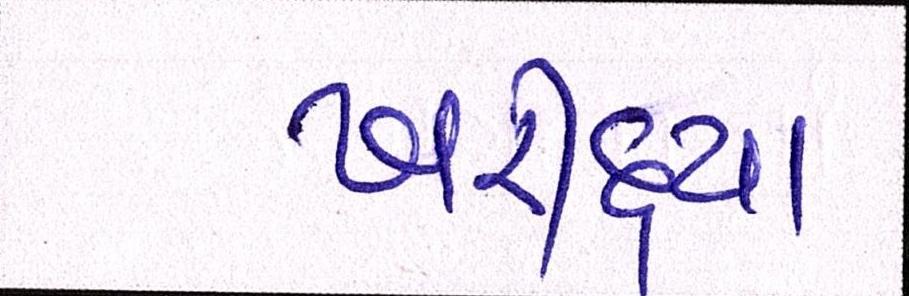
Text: ખરીદ્યા